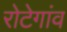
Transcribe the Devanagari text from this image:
रोटेगांव